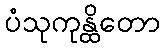
ပံသုကုန္ထိတော